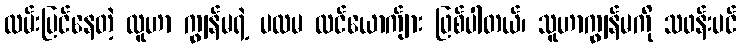
လမ်းပြင်နေတဲ့ လူဟာ ကျွန်မရဲ့ ပထမ လင်ယောက်ျား ဖြစ်ပါတယ်၊ သူဟာကျွန်မကို သဖန်းပင်